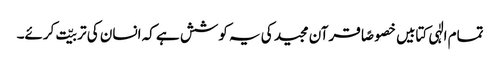
تمام الٰہی کتابیں خصوصًا قرآن مجید کی یہ کوشش ہے کہ انسان کی تربیّت کرئے۔